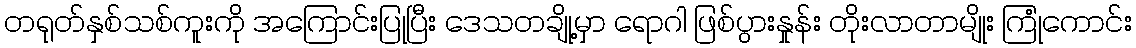
တရုတ်နှစ်သစ်ကူးကို အကြောင်းပြုပြီး ဒေသတချို့မှာ ရောဂါ ဖြစ်ပွားနှုန်း တိုးလာတာမျိုး ကြုံကောင်း